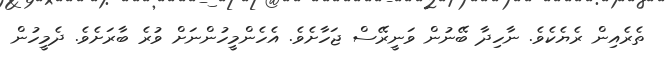
ތެރެއިން ރެޔެކެވެ. ނާހިދާ ބޭނުން ވަނީރޭސް ޖަހާށެވެ. އެހެންމީހުންނަށް ވުރެ ބާރަށެވެ. ދެމީހުން